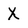
Character: X